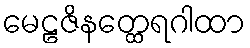
မေဠဇိနတ္ထေရဂါထာ